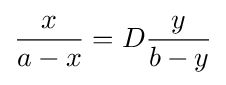
{\frac {x}{a-x}}=D{\frac {y}{b-y}}